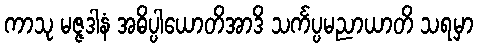
ကာသု မဇ္ဇဒါနံ အဓိပ္ပါယောတိအာဒိ သင်္ကပ္ပမညာယာတိ သရမှာ